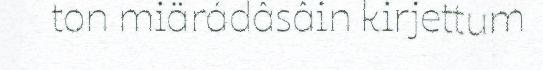
ton miärádâsâin kirjettum